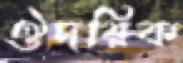
ঔদরিক